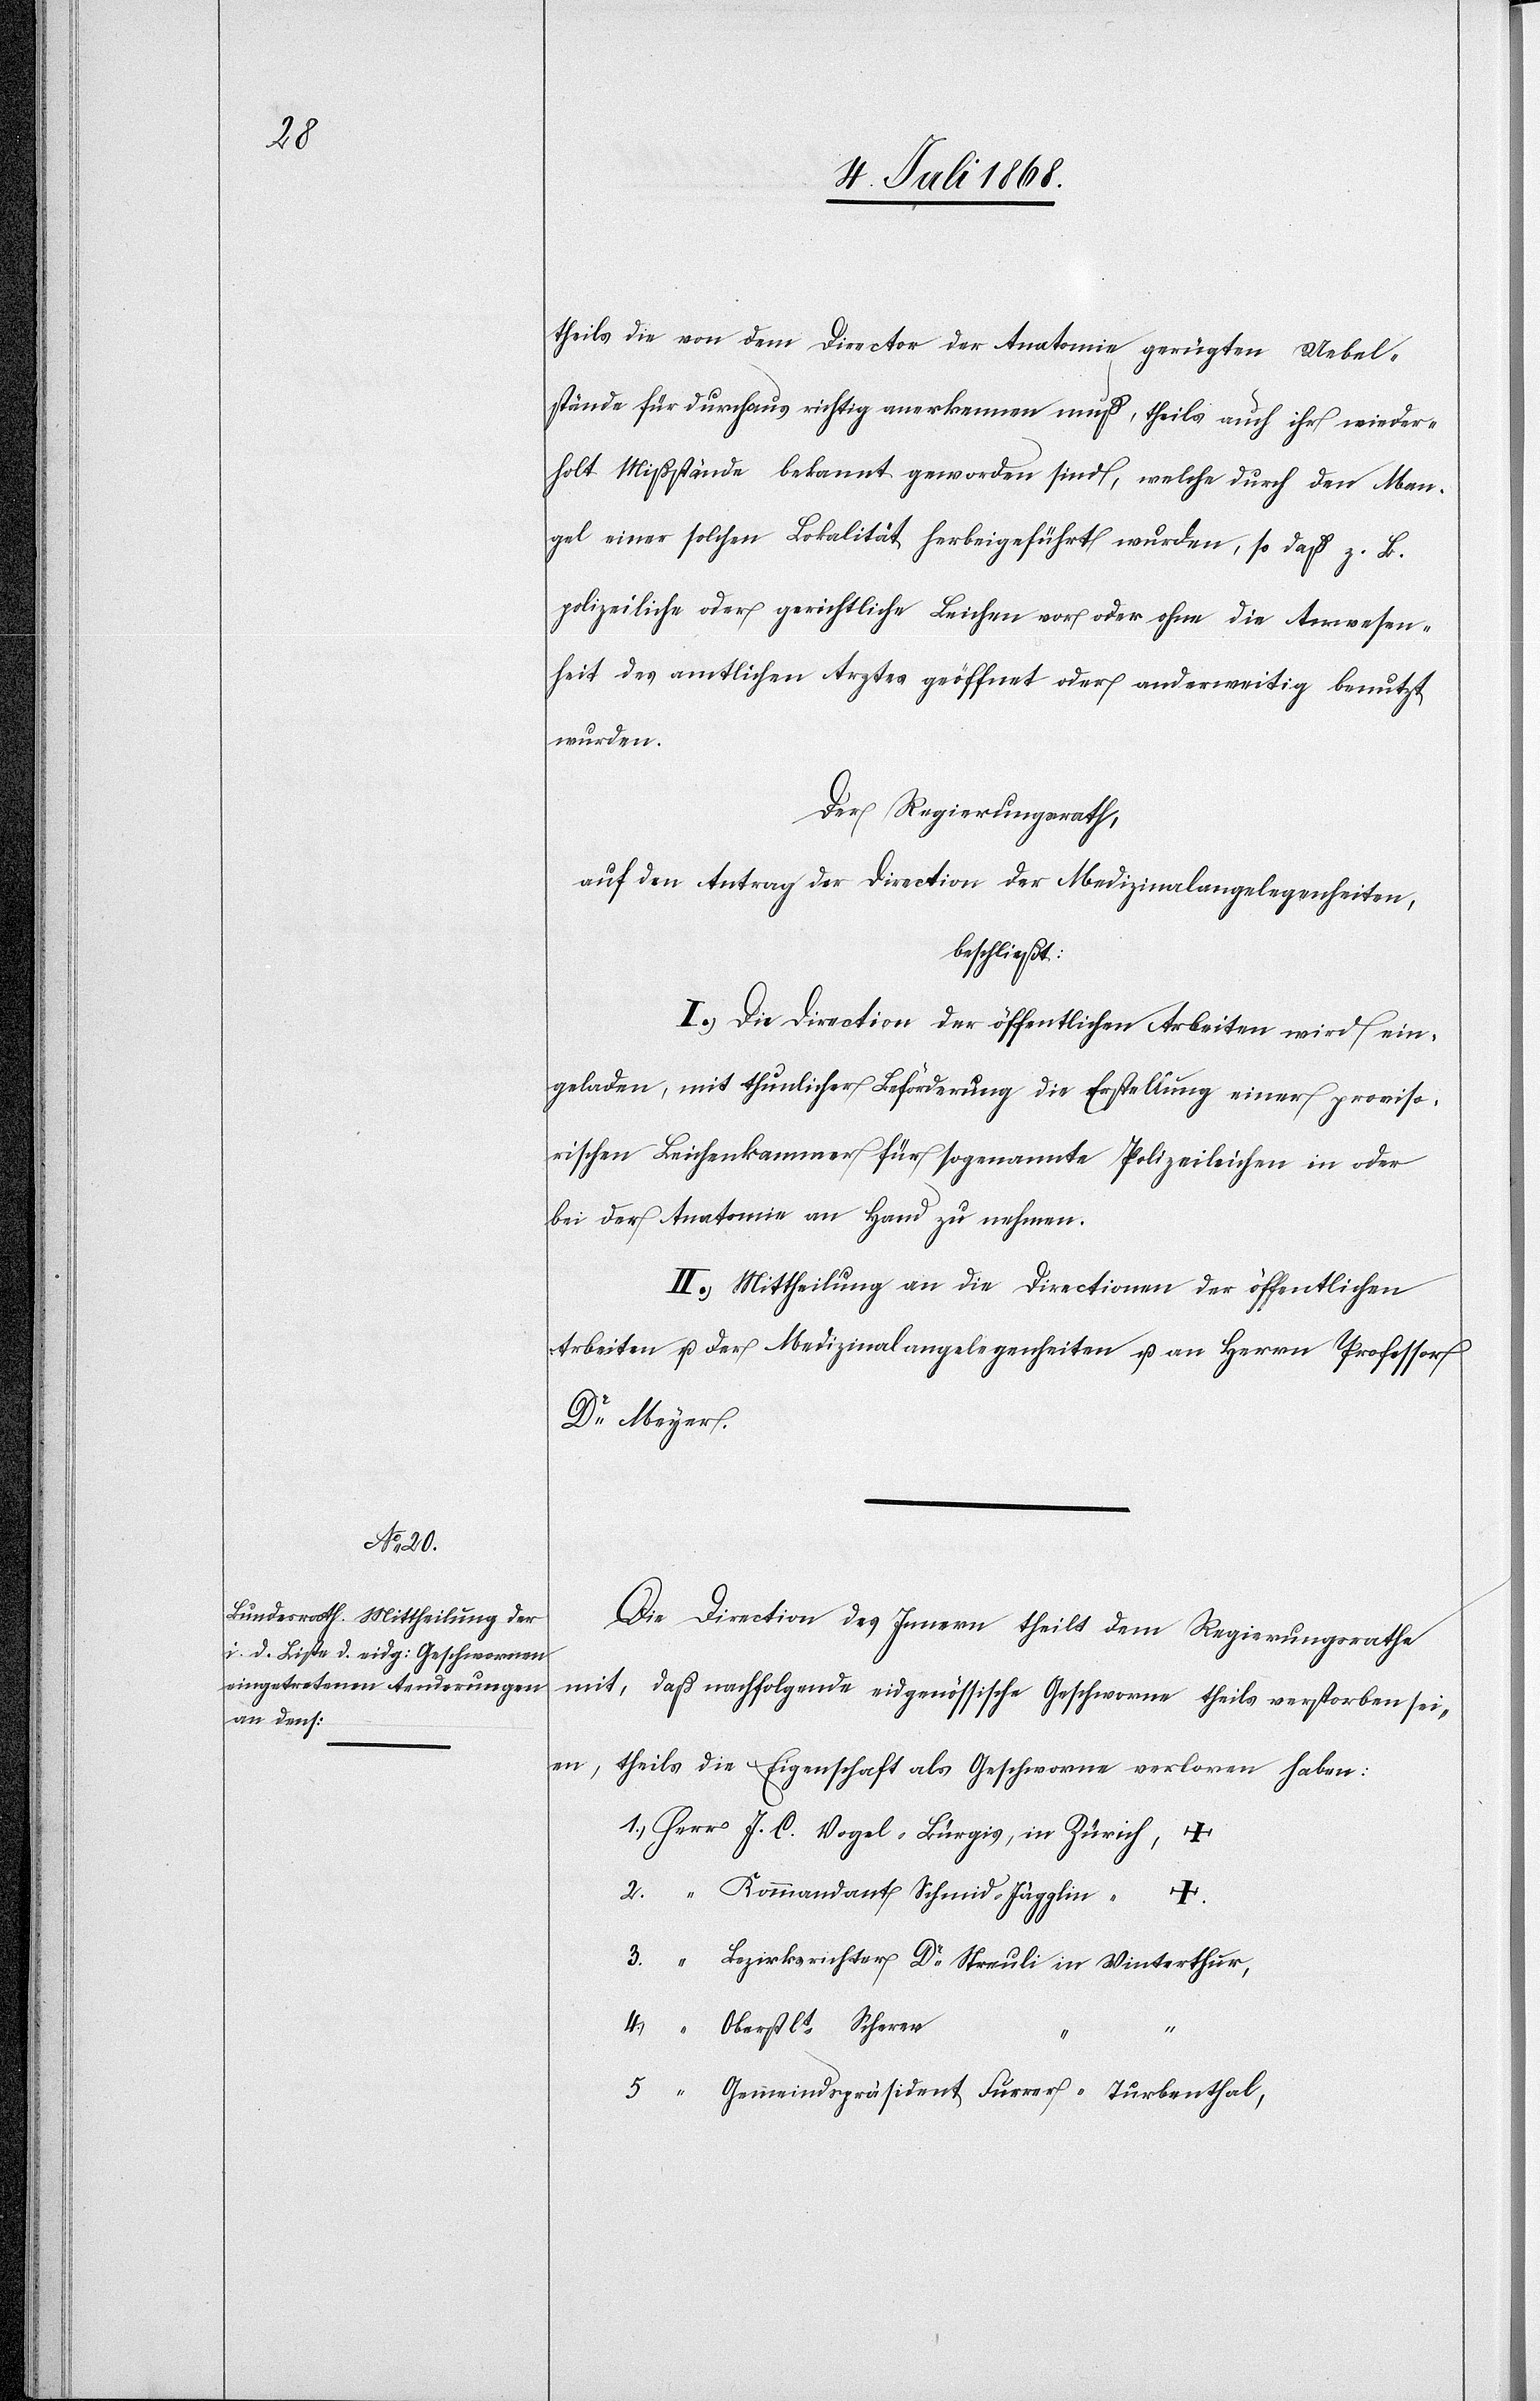
in Zürich,

4.)

theils die von dem Director der Anatomie gerügten Uebel¬
stände für durchaus richtig anerkennen muß, theils auch ihr wieder¬
holt Mißstände bekannt geworden sind, welche durch den Man¬
gel einer solchen Lokalität herbeigeführt wurden, so daß z. B.
polizeiliche oder gerichtliche Leichen vor oder ohne die Anwesen¬
heit des amtlichen Arztes geöffnet oder anderweitig benutzt
wurden.
Der Regierungsrath,
auf den Antrag der Direction der Medizinalangelegenheiten,
beschließt:
I.) Die Direction der öffentlichen Arbeiten wird ein¬
geladen, mit thunlicher Beförderung die Erstellung einer proviso¬
rischen Leichenkammer für sogenannte Polizeileichen in oder
bei der Anatomie an Hand zu nehmen.
II.) Mittheilung an die Directionen der öffentlichen
Arbeiten u. der Medizinalangelegenheiten u. an Herrn Professor
Dr Meyer.
Die Direction des Innern theilt dem Regierungsrathe
mit, daß nachfolgende eidgenössische Geschworne theils verstorben sei¬
en, theils die Eigenschaft als Geschworne verloren haben:
Kommandant Schmid-Jägglin